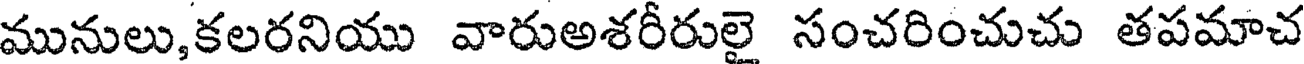
మునులు,కలరనియు వారుఅశరీరులై సంచరించుచు తపమాచ